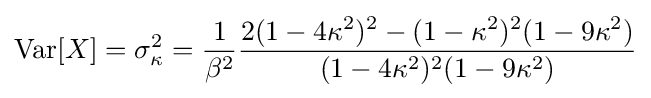
\operatorname {Var} [X]=\sigma _{\kappa }^{2}={\frac {1}{\beta ^{2}}}{\frac {2(1-4\kappa ^{2})^{2}-(1-\kappa ^{2})^{2}(1-9\kappa ^{2})}{(1-4\kappa ^{2})^{2}(1-9\kappa ^{2})}}